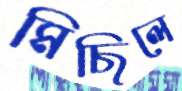
মিছিলে